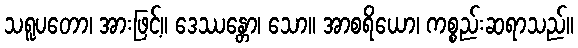
သရူပတော၊ အားဖြင့်။ ဒေဿန္တော၊ သော။ အာစရိယော၊ ကစ္စည်းဆရာသည်။